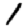
Digit: 1